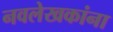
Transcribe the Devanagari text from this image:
नवलेखकांना